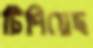
টিপিয়েছ